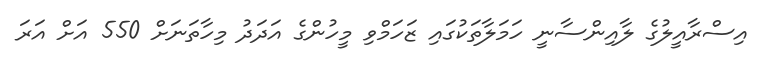
އިސްރާއީލުގެ ލާއިންސާނީ ހަމަލާތަކުގައި ޒަހަމްވި މީހުންގެ އަދަދު މިހާތަނަށް 550 އަށް އަރަ